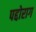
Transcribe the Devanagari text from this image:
पद्दोराग